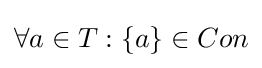
\forall a\in T:\{a\}\in Con